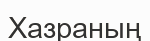
Хазраның